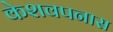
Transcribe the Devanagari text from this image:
केशवपनास